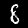
Label: 8